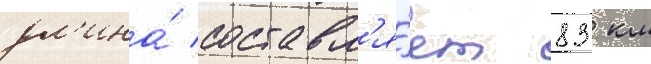
дл'ина́ составл'я́ет 83 км